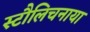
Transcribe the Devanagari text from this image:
स्टौलिचनाया